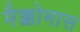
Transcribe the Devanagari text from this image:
मैक्कोमास